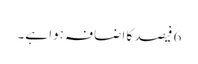
6 فیصد کا اضافہ ہوا ہے۔